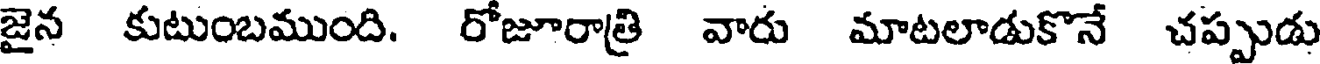
జైన కుటుంబముంది. రోజూరాత్రి వారు మాటలాడుకొనే చప్పుడు